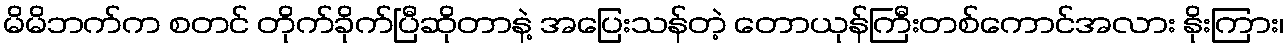
မိမိဘက်က စတင် တိုက်ခိုက်ပြီဆိုတာနဲ့ အပြေးသန်တဲ့ တောယုန်ကြီးတစ်ကောင်အလား နိုးကြား၊